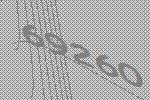
69260